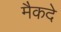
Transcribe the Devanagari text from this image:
मैकदे